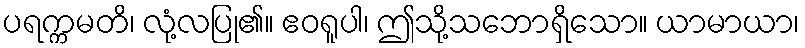
ပရက္ကမတိ၊ လုံ့လပြု၏။ ဧဝရူပါ၊ ဤသို့သဘောရှိသော။ ယာမာယာ၊